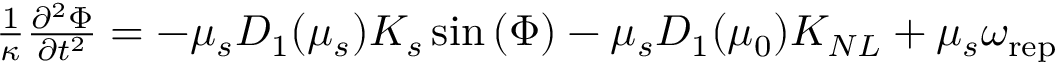
\begin{array} { r } { \frac { 1 } { \kappa } \frac { \partial ^ { 2 } \Phi } { \partial { t } ^ { 2 } } = - \mu _ { s } D _ { 1 } ( \mu _ { s } ) K _ { s } \sin { \left( \Phi \right) } - \mu _ { s } D _ { 1 } ( { \mu } _ { 0 } ) K _ { N L } + \mu _ { s } \omega _ { \mathrm { r e p } } } \end{array}